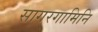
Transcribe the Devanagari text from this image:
सागरगामिनि